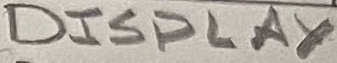
Text: DISPLAY